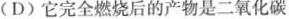
(D) 它完全燃烧后的产物是二氧化碳